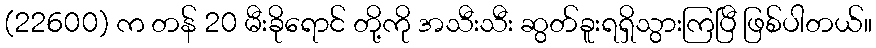
(22600) က တန် 20 မီးခိုရောင် တို့ကို အသီးသီး ဆွတ်ခူးရရှိသွားကြပြီ ဖြစ်ပါတယ်။